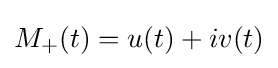
M_{+}(t)=u(t)+iv(t)